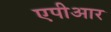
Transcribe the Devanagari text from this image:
एपीआर